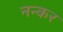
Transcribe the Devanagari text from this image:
नन्कर